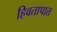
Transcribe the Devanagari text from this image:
हिवतापात